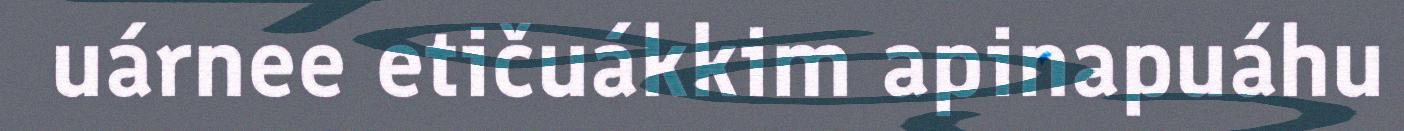
uárnee etičuákkim apinapuáhu